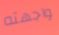
واجهته